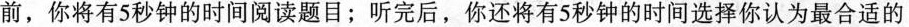
前,你将有5秒钟的时间阅读题目;听完后,你还将有5秒钟的时间选择你认为最合适的